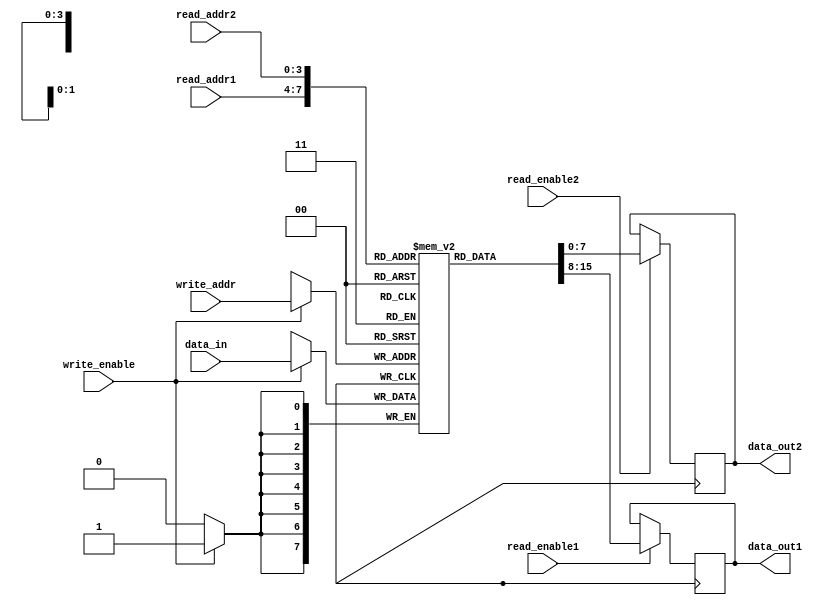
module register_file #(parameter WIDTH = 8, parameter DEPTH = 16)(
    input wire [3:0] read_addr1,
    input wire [3:0] read_addr2,
    input wire [3:0] write_addr,
    input wire read_enable1,
    input wire read_enable2,
    input wire write_enable,
    input wire [WIDTH-1:0] data_in,
    output reg [WIDTH-1:0] data_out1,
    output reg [WIDTH-1:0] data_out2
);

reg [WIDTH-1:0] memory [0:DEPTH-1];

always @(posedge clk) begin
    if (read_enable1) begin
        data_out1 <= memory[read_addr1];
    end
    if (read_enable2) begin
        data_out2 <= memory[read_addr2];
    end
    if (write_enable) begin
        memory[write_addr] <= data_in;
    end
end

endmodule